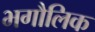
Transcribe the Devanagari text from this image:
भगौलिक